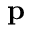
\mathbf { p }